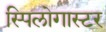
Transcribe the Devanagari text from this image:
स्पिलोगास्टर